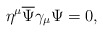
\begin{align*}\eta^{\mu}{\overline \Psi}\gamma_{\mu}\Psi=0, \end{align*}